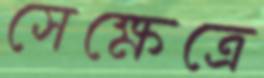
সেক্ষেত্রে